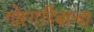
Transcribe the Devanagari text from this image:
गोरगरिबांचा